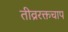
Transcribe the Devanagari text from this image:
तीव्ररक्तचाप